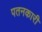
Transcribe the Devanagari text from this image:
पतनकारी